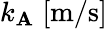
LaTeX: k_{\mathbf{A}}\; [\mathrm{{m}}/\mathrm{{s}}]